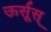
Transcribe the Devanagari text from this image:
ऊर्सूस्